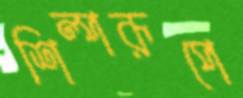
শিল্পরূপে